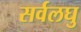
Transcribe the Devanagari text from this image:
सर्वलघु